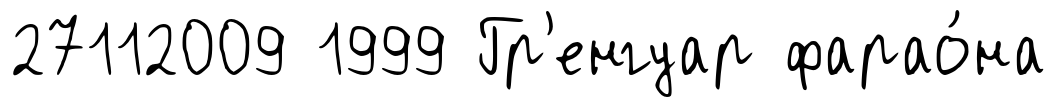
27112009 1999 Гр'енгуар фарао́на